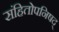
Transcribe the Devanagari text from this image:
संहितोपनिषद्